Lunatic asylums in Bengal annual reports 1899-1911 - 1899-1911
Year: 1899
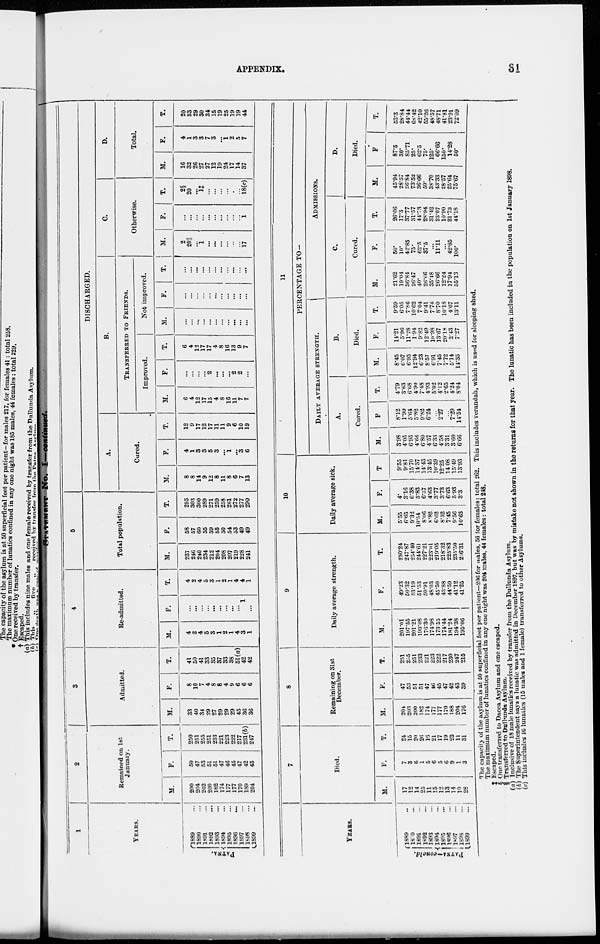
APPENDIX.
31
STATEMENT NO.
I—continued.
1
YEARS.
PATNA.
1889
...
1890
...
1891
...
1892 ...
1893
...
1894
...
1895
...
1896
...
1897
...
1898
...
1899
...
2
Remained on 1st
January.
M.
200
204
202
200
182
174
177
177
170
189
204
F.
50
47
53
51
51
47
46
45
47
42
43
T.
250
251
255
251
233
221
223
222
217
231(b)
247
3
Admitted.
M.
33
40
34
29
27
29
29
29
45
36
36
F.
8
10
7
4
8
8
4
9
6
6
6
T.
41
50
41
33
35
37
33
38
51(a)
42
42
4
Re-admitted.
M.
4
2
4
5
3
1
2
1
4
3
1
F.
...
...
...
...
...
...
...
...
...
1
...
T.
4
2
4
5
3
1
2
1
4
4
1
5
Total population.
M.
237
246
240
234
212
204
208
207
219
228
241
F.
58
57
60
55
59
55
50
54
53
49
49
T.
295
303
300
289
271
259
258
261
272
277
290
DISCHARGED.
A.
Cured.
M.
8
8
14
9
12
8
11
8
6
7
13
F.
4
1
3
3
5
3
...
1
...
3
6
T.
12
9
17
12
17
11
11
9
6
10
19
B.
TRANSFERRED TO FRIENDS.
Improved.
M.
6
4
12
17
15
4
8
16
11
7
7
F.
...
...
...
...
2
...
...
...
2
2
...
T.
6
4
12
17
17
4
8
16
13
9
7
Not improved.
M.
...
...
...
...
...
...
...
...
...
...
...
F.
...
...
...
...
...
...
...
...
...
...
...
T.
...
...
...
...
...
...
...
...
...
...
...
C.
Otherwise.
M.
2
20||
...
1
...
...
...
...
...
...
17
F.
...
...
...
...
...
...
...
...
...
...
1
T.
2§
20
...
1†
...
...
...
...
...
...
18(c)
D.
Total.
M.
16
32
26
27
27
12
19
24
17
14
37
F.
4
1
3
3
7
3
...
1
2
5
7
T.
20
33
29
30
34
15
19
25
19
19
44
YEARS.
PATNA—concld.
1889 ...
1890 ...
1891 ...
1892 ...
1893 ...
1894 ...
1895 ...
1896 ...
1897 ...
1898 ...
1899
...
7
Died.
M.
17
12
14
25
11
15
12
13
14
10
28
F.
7
3
6
1
5
6
5
6
9
1
3
T.
24
15
20
26
16
21
17
19
23
11
31
8
Remaining on 31st
December.
M.
204
203
200
182
174
177
177
170
188
204
176
F.
47
53
51
51
47
46
45
47
42
43
39
T.
251
255
251
233
221
223
222
217
230
247
215
9
Daily average strength.
M.
201.01
197.55
201.21
193.08
176.30
174.98
173.55
174.44
181.24
194.38
195.06
F.
49.23
50.32
53.19
51.53
50.91
48.03
45.50
43.88
44.59
41.12
41.25
T.
250.24
247.87
254.40
244.61
227.21
223.01
219.05
218.32
225.83
235.50
236.31
10
Daily average sick.
M.
5.55
6.65
9.32
10.54
8.06
8.82
6.62
8.52
745
9.56
10.63
F.
4.
3.16
6.38
3.83
6.37
4.63
3.77
3.73
6.63
5.93
3.3
T.
9.55
9.81
15.70
14.37
14.43
13.45
10.39
12.25
14 08
15.49
13.93
11
PERCENTAGE TO—
DAILY AVERAGE STRENGTH.
A.
Cured.
M.
3.98
4.05
6.95
4.66
6.80
4.57
6.33
4.58
3.31
3.60
6.66
F.
8.12
1.99
5.61
5.82
9.82
6.24
...
2.27
...
7.29
14.54
T.
4.79
3.63
6.68
4.90
7.48
4.93
5.02
4.12
2.65
4.24
8.04
B.
Died.
M.
8.45
6.07
6.95
12.94
6.23
8.57
6.91
7.45
7.72
5.14
14.35
F.
14.21
5.96
11.28
1.94
9.82
12.49
10.98
13.67
20. 18
2.43
7.27
T.
9.59
6.05
7.86
10 62
7.04
9.41
7.76
8.70
10.18
4.67
13.11
ADMISSIONS.
C.
Cured.
M.
21.62
19.04
36.84
26.47
40.
26.66
35.48
26.66
12.24
17.94
35.13
F.
50.
10.
42.85
75.
62.5
37.5
...
11.11
...
42.85
100.
T.
26.66
17.3
37.77
31.57
44.73
28.94
31.42
23.07
10.90
21.73
44.18
D.
Died.
M.
45.94
28.57
36.84
73.52
36.66
50.
38.70
43.33
28.57
25.64
75.67
F.
87.5
30.
85.71
25.
62.5
75.
125.
66.66
150.
14.28
50.
T.
53.3
28.84
44.44
68.42
42.10
55.26
48.57
48.71
41.81
23.91
72.09
The capacity of the asylum is at 50 superficial feet per patient—206 for males, 56 for females: total 262. This includes verandah, which is used for sleeping shed.
The maximum number of lunatics confined in any one night was 204 males, 44 females: total 248.
‡ Escaped.
§ One transferred to Dacca Asylum and one escaped.
|| Transferred to Dullunda Asylum.
(a) Inclusive of 18 male lunatics received by transfer from the Dullunda Asylum.
(b) The Superintendent says a lunatic was admitted in December 1897, but was by mistake not shown in the returns for that year. The lunatic has been included in the population on 1st January 2898.
(c) This includes 16 lunatics (15 males and 1 female) transferred to other Asylums.